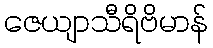
ဇေယျာသီရိဗိမာန်